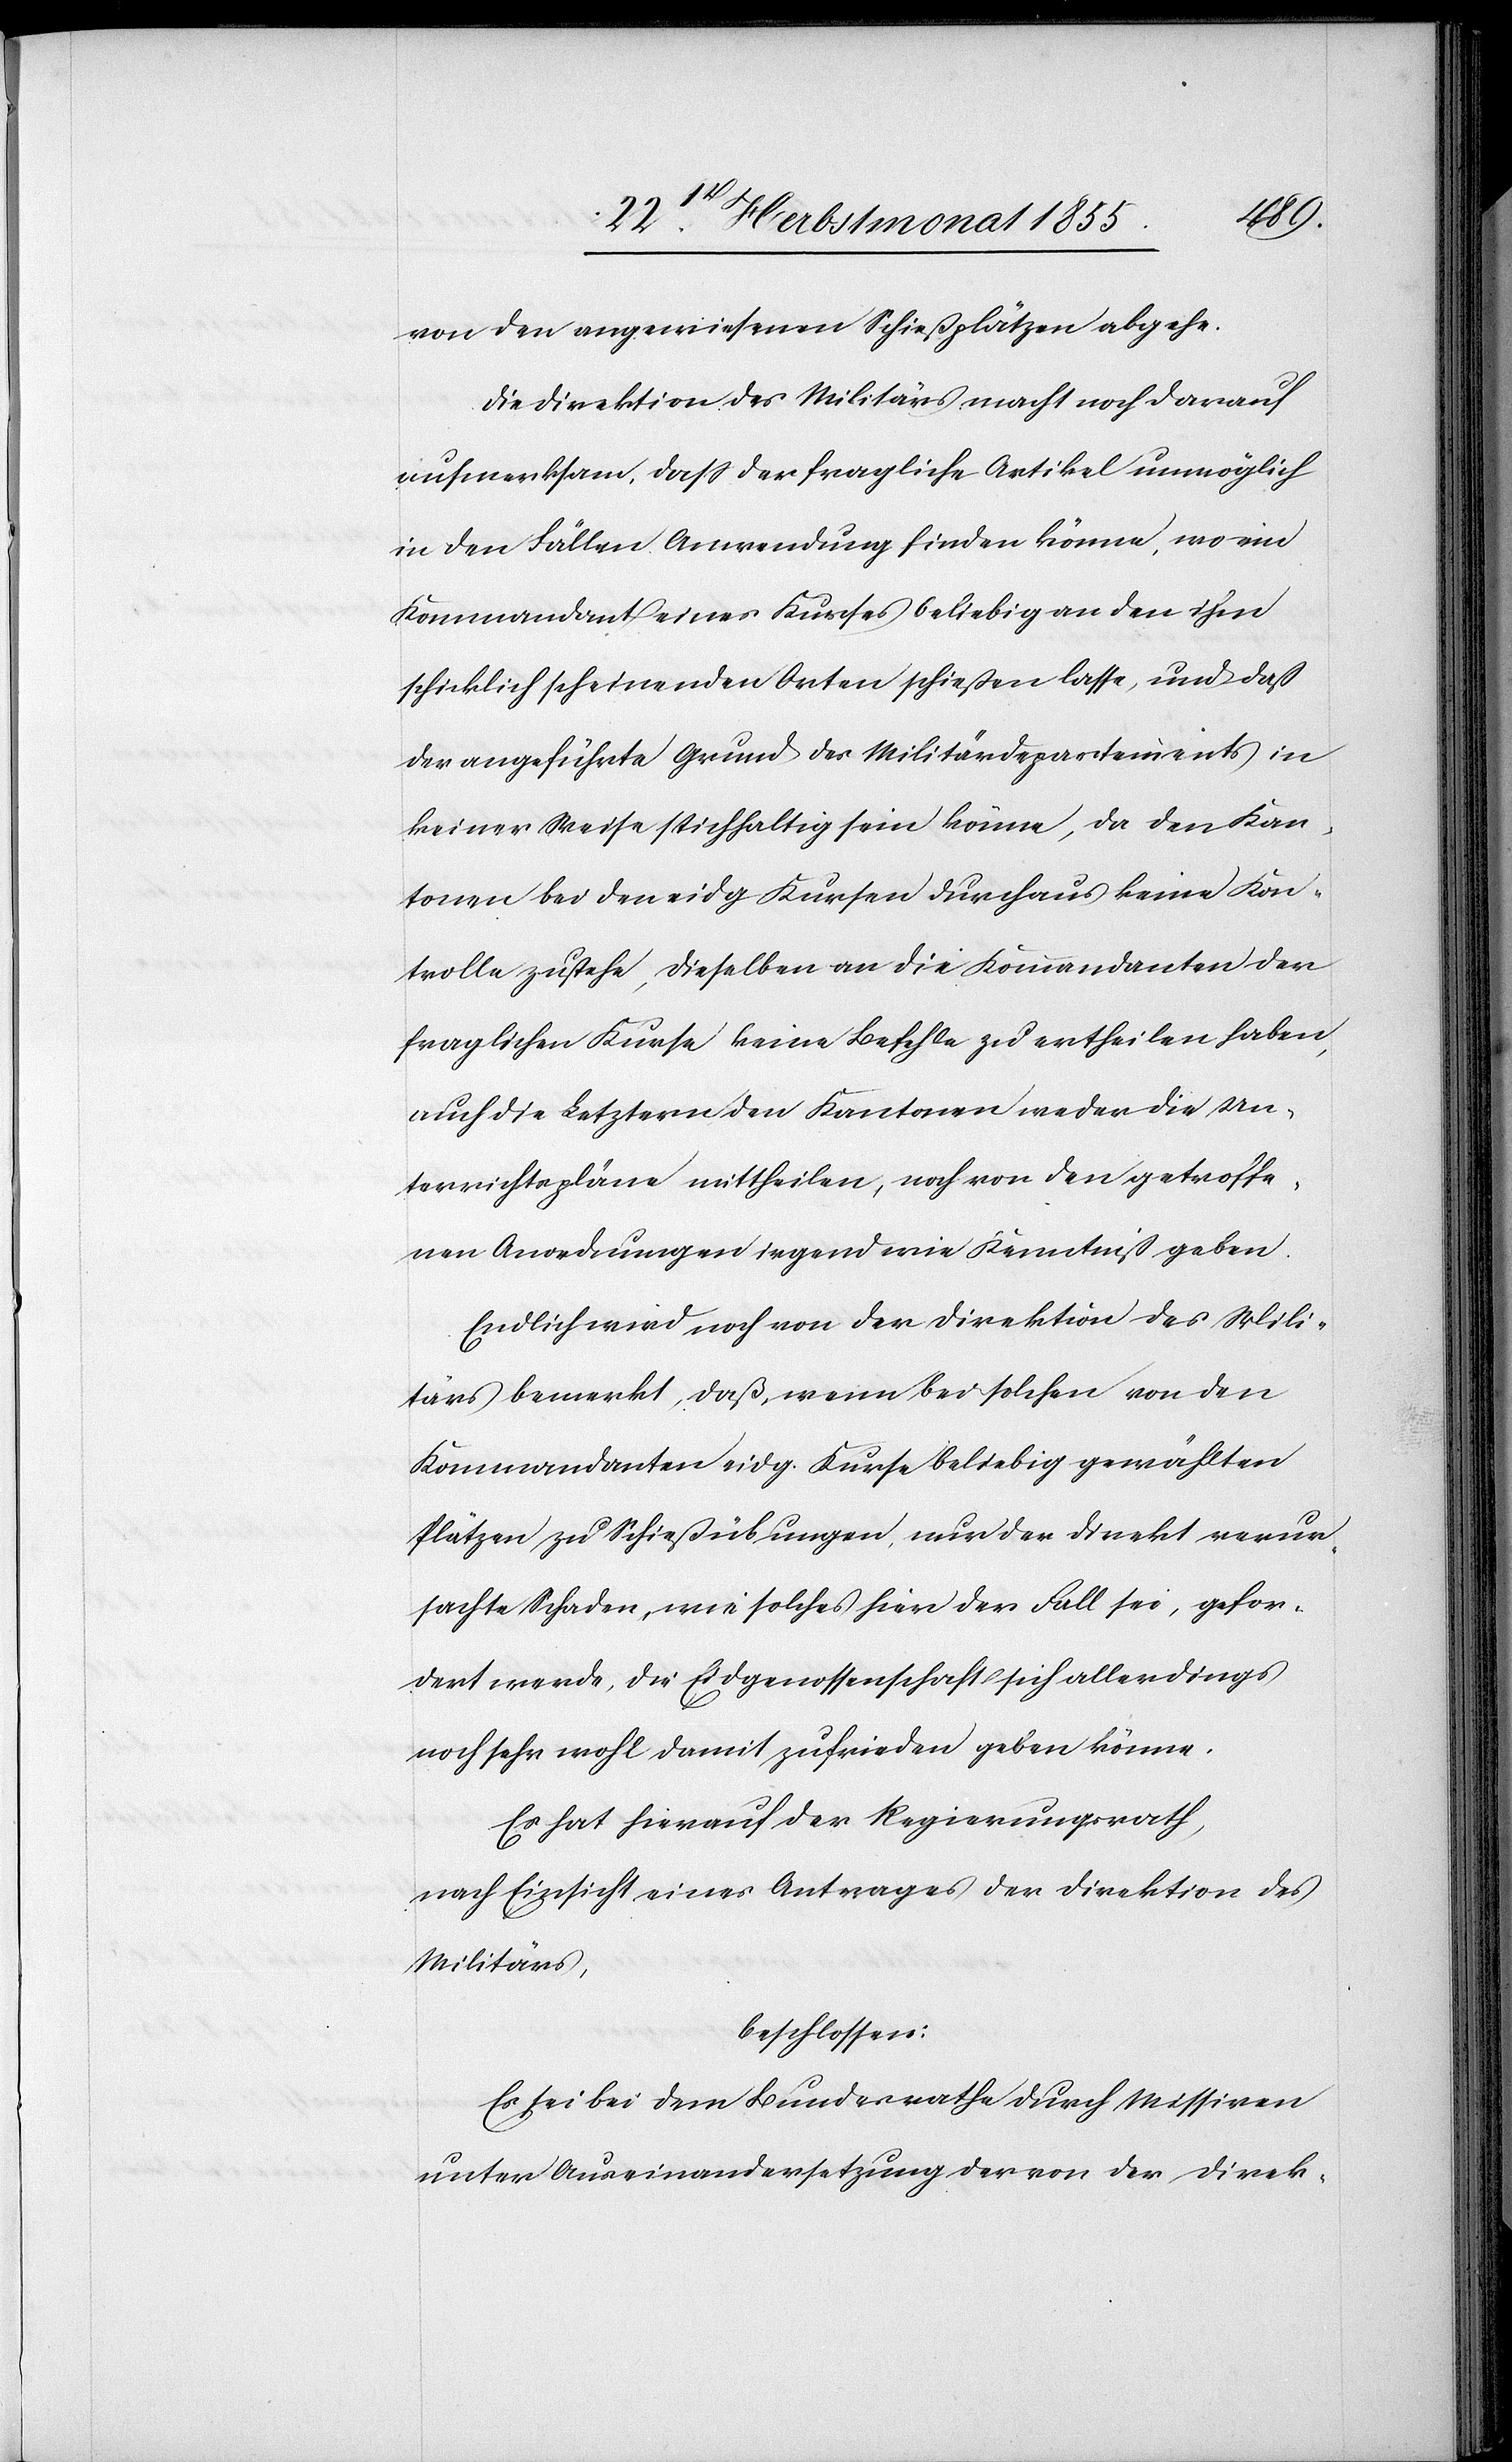
von den angewiesenen Schießplätzen abgehe.
Die Direktion des Militärs macht noch darauf
aufmerksam, dass der fragliche Artikel unmöglich
in den Fällen Anwendung finden könne, wo ein
Kommandant eines Kurses beliebig an den ihm
schicklich scheinenden Orten schießen lasse, und daß
der angeführte Grund des Militärdepartements in
keiner Weise stichhaltig sein könne, da den Kan¬
tonen bei den eidg. Kursen durchaus keine Kon¬
trolle zustehe, dieselben an die Kommandanten der
fraglichen Kurse keine Befehle zu ertheilen haben,
auch die Letztern den Kantonen weder die Un¬
terrichtspläne mittheilen, noch von den getroffe¬
nen Anordnungen irgend wie Kenntniß geben.
Endlich wird noch von der Direktion des Mili¬
tärs bemerkt, daß, wenn bei solchen von den
Kommandanten eidg. Kurse beliebig gewählten
Plätzen zu Schießübungen, nur der direkt verur¬
sachte Schaden, wie solches hier der Fall sei, gefor¬
dert werde, die Eidgenossenschaft sich allerdings
noch sehr wohl damit zufrieden geben könne.
Es hat hierauf der Regierungsrath,
nach Einsicht eines Antrages der Direktion des
Militärs,
beschlossen:
Es sei bei dem Bundesrathe durch Missiven
unter Auseinandersetzung der von der Direk-